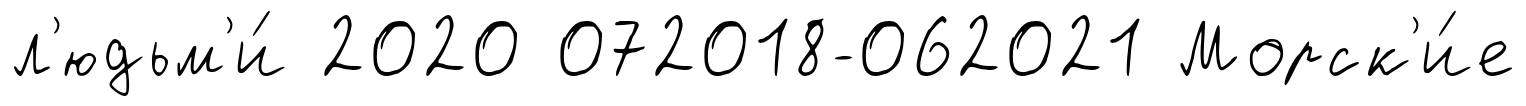
л'юдьм'и́ 2020 072018-062021 Морск'и́е